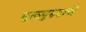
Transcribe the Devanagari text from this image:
मूळपुरुषाचे